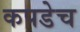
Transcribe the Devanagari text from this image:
कपडेच